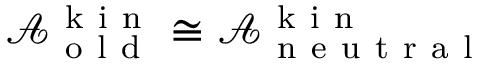
\mathcal { A } _ { \mathrm { ~ o ~ l ~ d ~ } } ^ { \mathrm { ~ k ~ i ~ n ~ } } \cong \mathcal { A } _ { \mathrm { ~ n ~ e ~ u ~ t ~ r ~ a ~ l ~ } } ^ { \mathrm { ~ k ~ i ~ n ~ } }